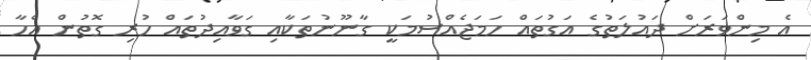
އެ މިންވަރަށް ދައުލަތުގެ އަގުތައް ހަމަޖެއްސުމަކީ ގާނޫނުތަކާއި ގަވާއިދުތައް ހުރި ގޮތުން އެހާ